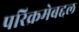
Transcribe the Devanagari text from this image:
परिक्रमेबद्दल